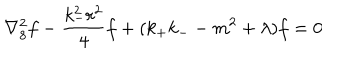
\nabla _ { 8 } ^ { 2 } f - \frac { k _ { - } ^ { 2 } r ^ { 2 } } { 4 } f + ( k _ { + } k _ { - } - m ^ { 2 } + \lambda ) f = 0